Plague in India, 1896, 1897 - Volume 3
Year: 1896
Disease focus: Plague
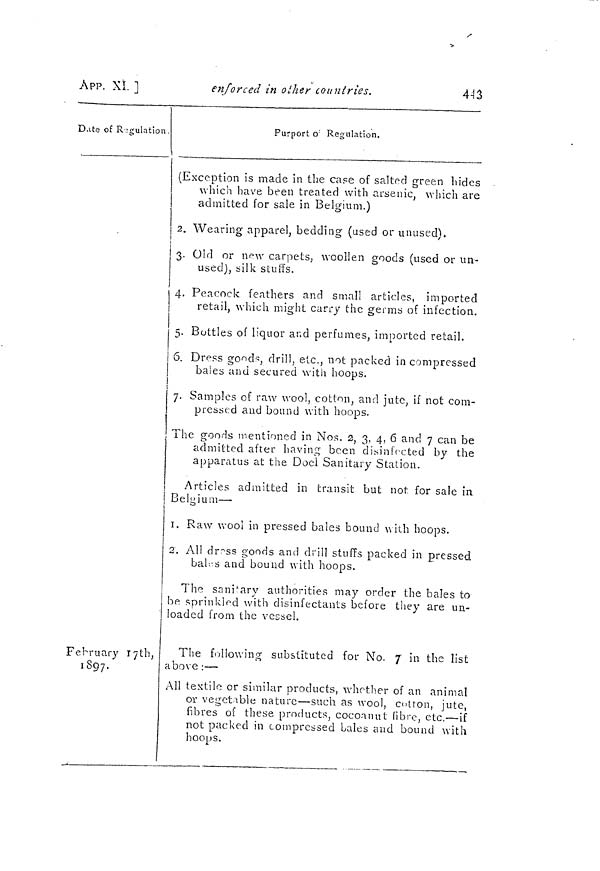
4-13
APP. XI. ]
enforced in other countries.
Date of Regulation
February 17th,
1897.
Purport of Regulation.
(Exception is made in the case of salted green ludes
which have been treated with arsenic, which are
admitted for sale in Belgium.)
2. Wearing apparel, bedding (used or unused).
3. Old or new carpets, woollen goods (used or un-
used), silk stuffs.
4. Peacock feathers and small articles, imported
retail, which might carry the germs of infection.
5. Buttles of liquor and perfumes, imported retail.
6. Dress goods, drill, etc., not packed in compressed
bales and secured with hoops.
7. Samples of raw wool, cotton, and jute, if not com-
pressed and bound with hoops.
The goods mentioned in Nos. 2, 3, 4, 6 and 7 can be
admitted after having been disinfected by the
apparatus at the Doel Sanitary Station.
Articles admitted in transit but not for sale in
Belgium —
1. Raw wool in pressed bales bound with hoops.
2. All dress goods and drill stuffs packed in pressed
bales and bound with hoops.
The sanitary authorities may order the bales to
be sprinkled with disinfectants before they are un-
loaded from the vessel.
The following substituted for No. 7 in the list
above : —
All textile or similar products, whether of an animal
or vegetable nature — such as wool, entrón, jute,
fibres of these products, cocoanut fibre, etc. — if
not packed in compressed bales and bound with
hoops.